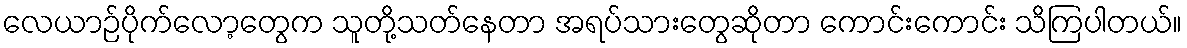
လေယာဉ်ပိုက်လော့တွေက သူတို့သတ်နေတာ အရပ်သားတွေဆိုတာ ကောင်းကောင်း သိကြပါတယ်။